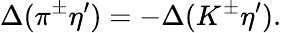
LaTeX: \Delta(\pi^{\pm}\eta^{\prime})=-\Delta(K^{\pm}\eta^{\prime}).